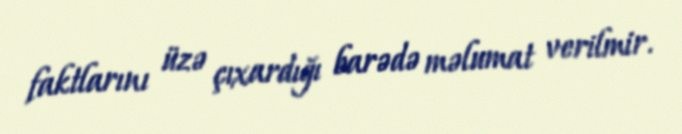
faktlarını üzə çıxardığı barədə məlumat verilmir.